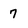
Character: 7